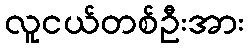
လူငယ်တစ်ဦးအား